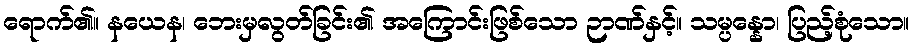
ရောက်၏။ နယေန၊ ဘေးမှလွတ်ခြင်း၏ အကြောင်းဖြစ်သော ဉာဏ်နှင့်။ သမ္ပန္နော၊ ပြည့်စုံသော။